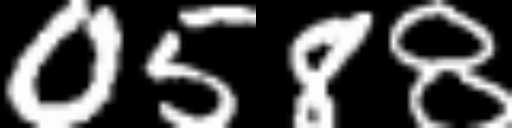
Text: 0588